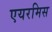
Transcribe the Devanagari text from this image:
एयरमिस